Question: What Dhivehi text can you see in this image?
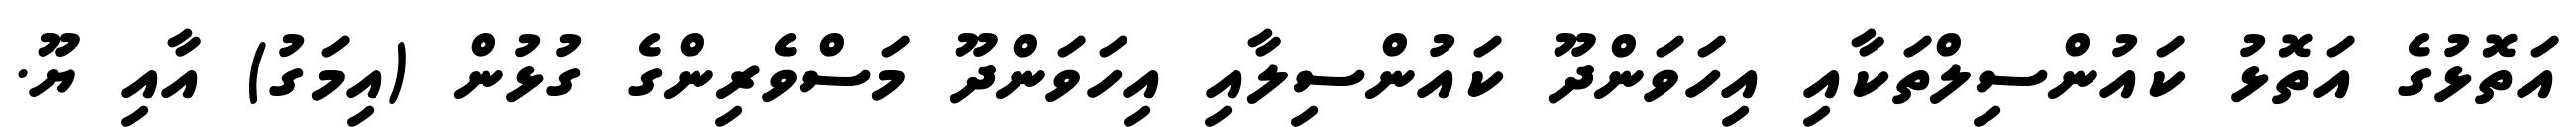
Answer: އަތޮޅުގެ އަތޮޅު ކައުންސިލްތަކާއި އިހަވަންދޫ ކައުންސިލާއި އިހަވަންދޫ މަސްވެރިންގެ ގުޅުން (އިމަގު) އާއި ޔޫ.